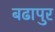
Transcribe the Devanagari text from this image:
बढापुर